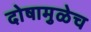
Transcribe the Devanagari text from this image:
दोषामुळेच